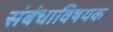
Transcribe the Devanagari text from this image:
संबंधाविषयक